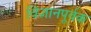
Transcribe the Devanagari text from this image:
विज्ञानपूर्वक